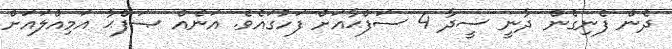
ދެން ފެނިގެން ދާނީ ސީދާ 4 ސަފްޙާއަށް ފަހުގައެވެ. އަނެއް ޞަފްޙާ އަމިއްލައަށް